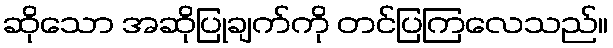
ဆိုသော အဆိုပြုချက်ကို တင်ပြကြလေသည်။